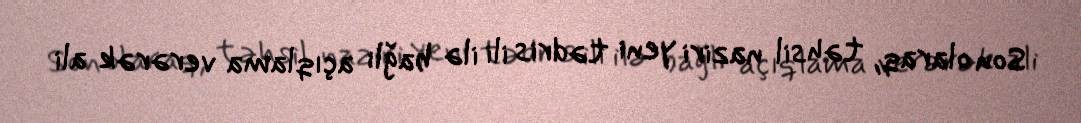
Son olaraq, təhsil naziri yeni tədris ili ilə bağlı açıqlama verərək ali